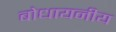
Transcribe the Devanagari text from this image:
बोधायनीय